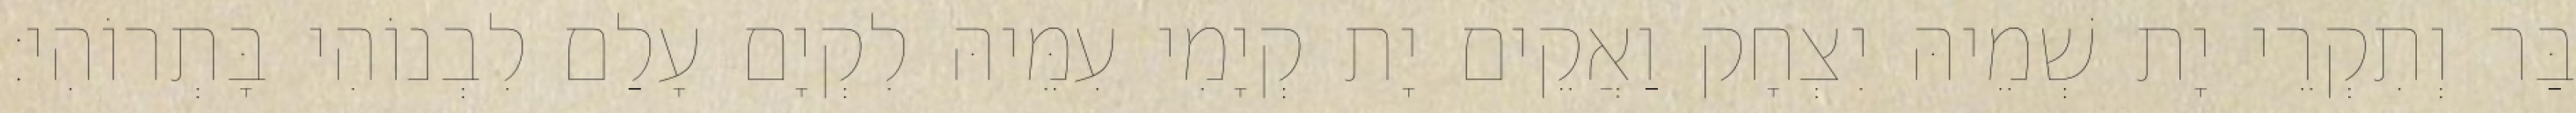
בַּר וְתִקְרֵי יָת שְׁמֵיהּ יִצְחָק וַאֲקֵים יָת קְיָמִי עִמֵּיהּ לִקְיָם עָלַם לִבְנוֹהִי בָּתְרוֹהִי׃